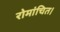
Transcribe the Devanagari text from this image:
रोमांचित।